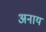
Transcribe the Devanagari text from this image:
अनाय